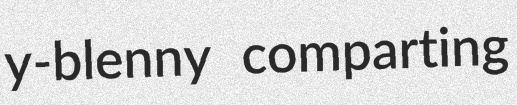
y-blenny comparting